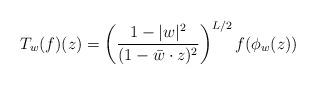
LaTeX: \begin{align*} T_w(f)(z)=\left(\frac{1-|w|^2}{(1-\bar w\cdot z)^2}\right)^{L/2} f(\phi_w(z))\end{align*}